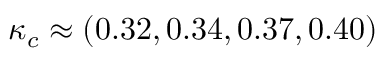
\kappa _ { c } \approx ( 0 . 3 2 , 0 . 3 4 , 0 . 3 7 , 0 . 4 0 )